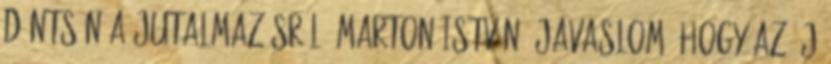
döntsön a jutalmazásról. Marton István: Javaslom, hogy az új